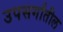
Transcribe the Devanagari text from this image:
उपसर्गांतील